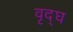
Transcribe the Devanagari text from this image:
वृद्घ